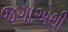
જગાએથી